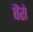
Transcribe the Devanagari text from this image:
वैंसे